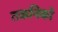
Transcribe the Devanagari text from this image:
तकनिको